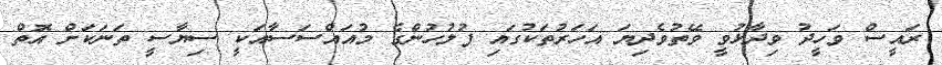
ރައީސް ވަހީދު ވިދާޅުވީ ވޭތުވެދިޔަ އަހަރުތަކުގައި ފުލުހުންގެ މުއައްސަސާއަކީ ސިޔާސީ ތަނަކަށް އޮތް